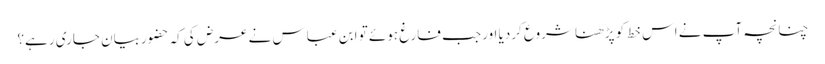
چنانچہ آپ نے اس خط کو پڑھنا شروع کردیا اور جب فارغ ہوئے تو ابن عباس نے عرض کی کہ حضوربیان جاری رہے؟